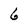
Character: 6